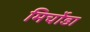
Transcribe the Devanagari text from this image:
मिर्चोडा